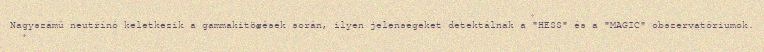
Nagyszámú neutrínó keletkezik a gammakitörések során, ilyen jelenségeket detektálnak a "HESS" és a "MAGIC" obszervatóriumok.